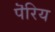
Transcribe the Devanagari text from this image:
पॆरिय